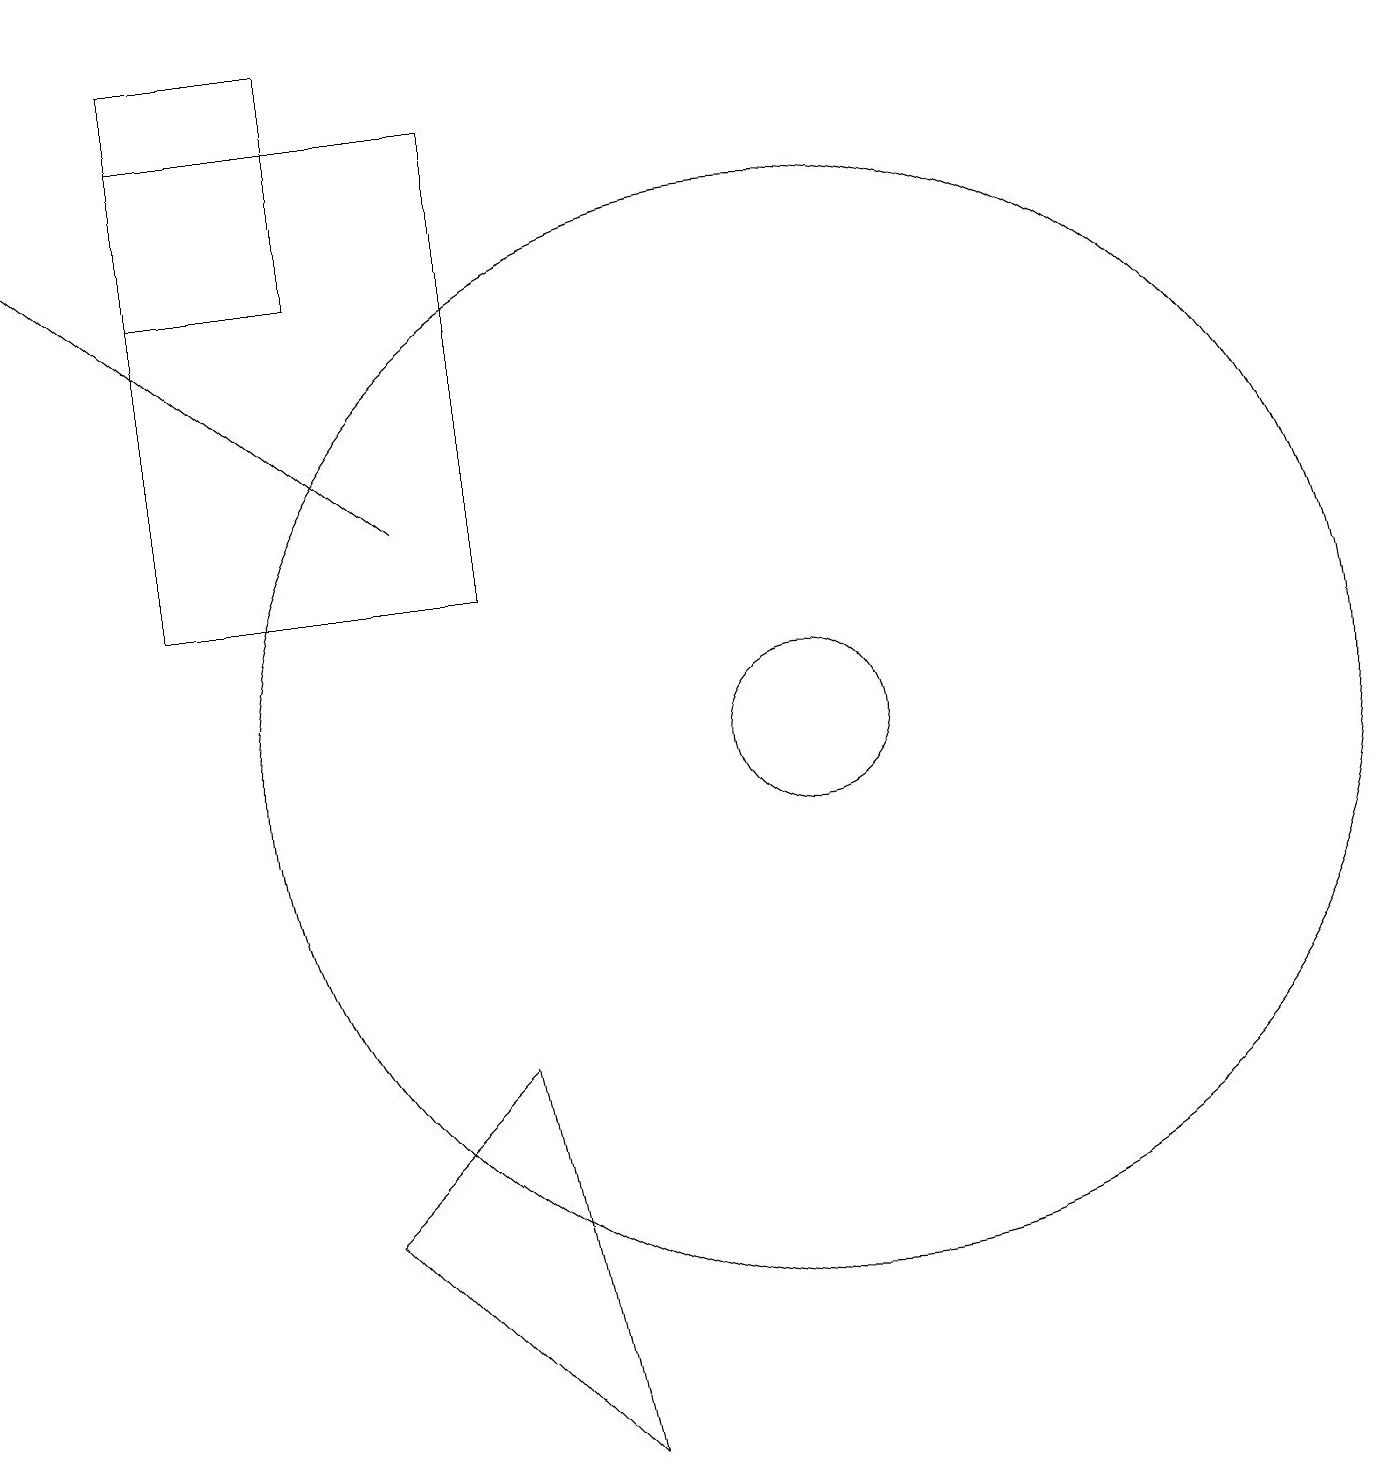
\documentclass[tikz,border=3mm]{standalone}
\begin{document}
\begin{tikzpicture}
\draw (11,10) circle (7);
\draw (11,10) circle (1);
\draw (12,10) circle (0);
\draw (11,10) circle (0);
\draw (8,1) -- (5,4) -- (7,6) -- cycle;
\draw[->] (6,13) -- (1,17);
\draw (5,16) rectangle (3,19);
\draw (3,12) rectangle (7,18);
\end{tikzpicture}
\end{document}